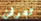
تعرفن